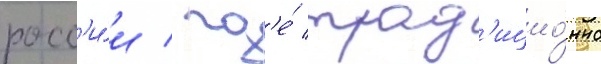
росс'и́и / гд'е́ трад'ицио́нно